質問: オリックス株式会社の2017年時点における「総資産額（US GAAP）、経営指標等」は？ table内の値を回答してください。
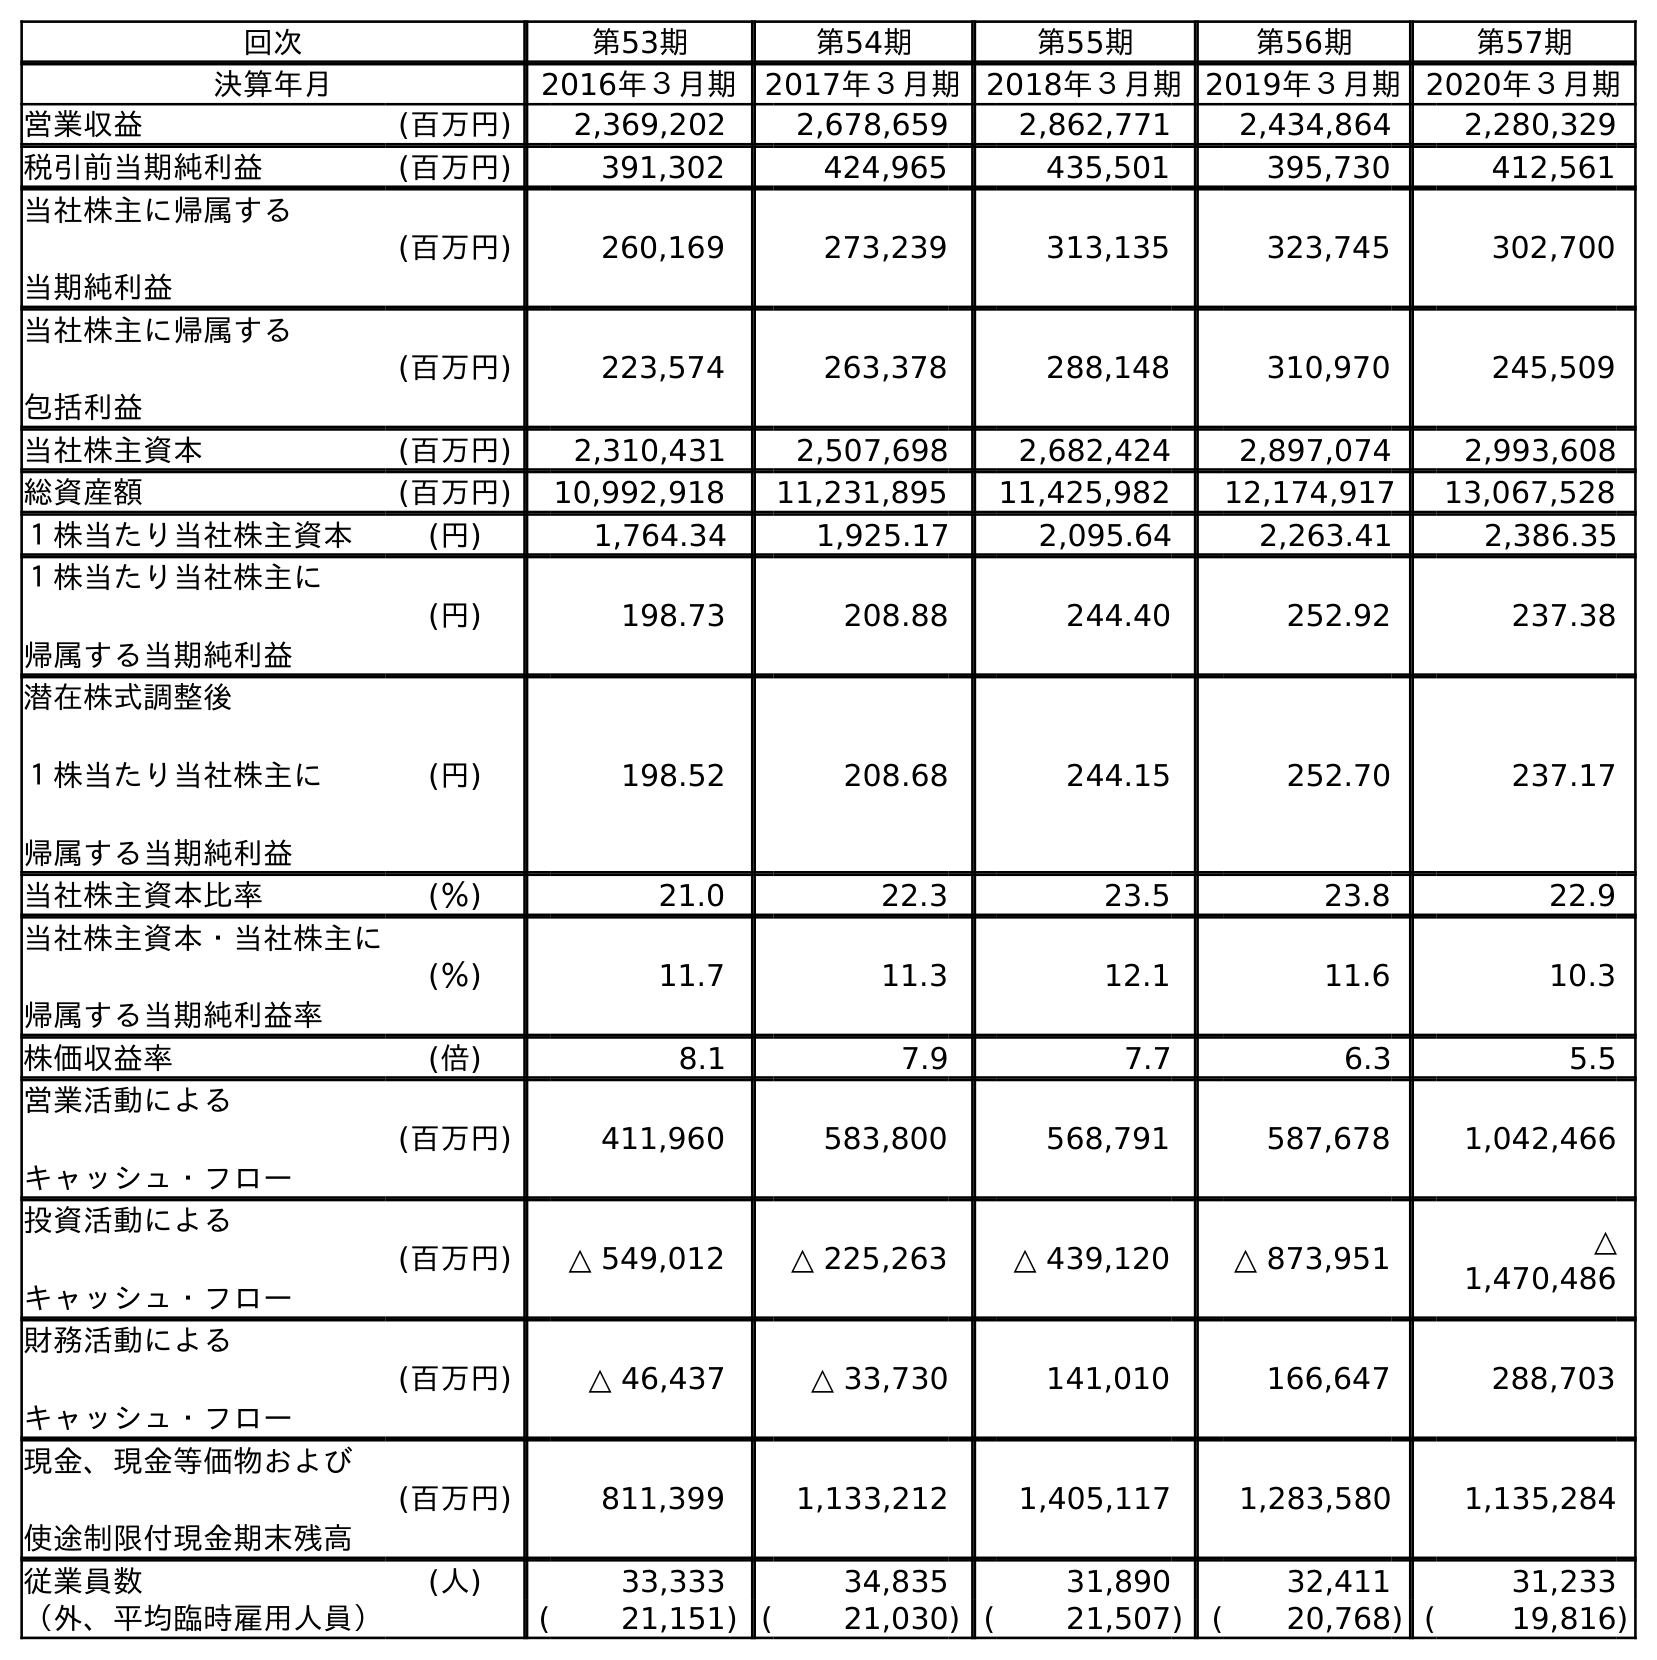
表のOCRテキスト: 回次 第53期 第54期 第55期 第56期 第57期 決算年月 2016年３月期 2017年３月期 2018年３月期2019年３月期2020年３月期 営業収益 (百万円) 2,369,202 2,678,659 2,862,771 2,434,864 2,280,329 税引前当期純利益 (百万円) 391,302 424,965 435,501 395,730 412,561 当社株主に帰属する 当期純利益 (百万円) 260,169 273,239 313,135 323,745 302,700 当社株主に帰属する 包括利益 (百万円) 223,574 263,378 288,148 310,970 245,509 当社株主資本 (百万円) 2,310,431 2,507,698 2,682,424 2,897,074 2,993,608 総資産額 (百万円) 10,992,918 11,231,895 11,425,982 12,174,917 13,067,528 １株当たり当社株主資本 (円) 1,764.34 1,925.17 2,095.64 2,263.41 2,386.35 １株当たり当社株主に 帰属する当期純利益 (円) 198.73 208.88 244.40 252.92 237.38 潜在株式調整後 １株当たり当社株主に 帰属する当期純利益 (円) 198.52 208.68 244.15 252.70 237.17 当社株主資本比率 (％) 21.0 22.3 23.5 23.8 22.9 当社株主資本・当社株主に 帰属する当期純利益率 (％) 11.7 11.3 12.1 11.6 10.3 株価収益率 (倍) 8.1 7.9 7.7 6.3 5.5 営業活動による キャッシュ・フロー (百万円) 411,960 583,800 568,791 587,678 1,042,466 投資活動による キャッシュ・フロー (百万円) △ 549,012 △ 225,263 △ 439,120 △ 873,951 △ 1,470,486 財務活動による キャッシュ・フロー (百万円) △ 46,437 △ 33,730 141,010 166,647 288,703 現金、現金等価物および 使途制限付現金期末残高 (百万円) 811,399 1,133,212 1,405,117 1,283,580 1,135,284 従業員数 (人) 33,333 34,835 31,890 32,411 31,233 （外、平均臨時雇用人員） ( 21,151) ( 21,030) ( 21,507) ( 20,768) ( 19,816)
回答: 11,231,895